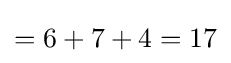
=6+7+4=17